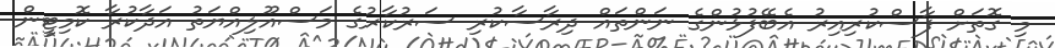
މި ގޮތަށް ފާސްކުރިއިރު އެބޭފުޅުންގެ ނަންތައް ދިރާސާކުރި ސަރުކާރުގެ މަސްއޫލިއްޔަތު އަދާކުރާ ކޮމިޓީން